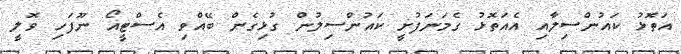
އަތޮޅު ކައުންސިލާއި އެއަތޮޅު ގެމަނަފުށީ ކައުންސިލުން ގުޅިގެން ބޭއްވި އެސްޓީއޯ ނޫފަހި ވޮލީ